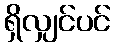
ရှိလျှင်ပင်